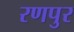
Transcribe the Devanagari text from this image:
रणपुर